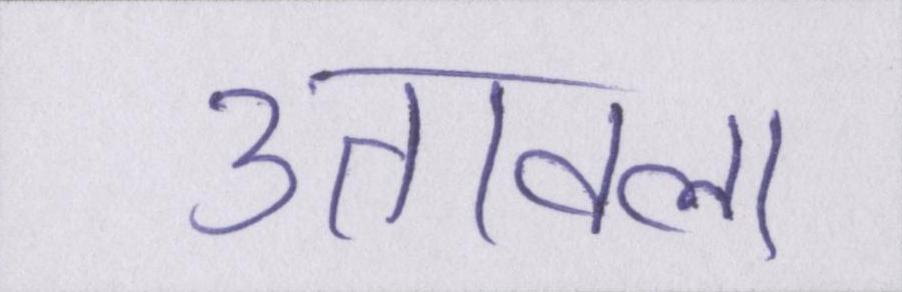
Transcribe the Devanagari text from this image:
उतावला